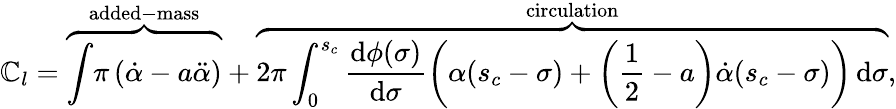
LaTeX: \mathbb{C}_{l}=\overbrace{{\vphantom{}{{\int}}\pi\left(\dot{{\alpha}}-a\ddot{{\alpha}}\right)}}^{\mathrm{{added-mass}}}+\overbrace{{2\pi\int_{0}^{s_{c}}\frac{{\mathrm{{d}}\phi(\sigma)}}{{\mathrm{{d}}\sigma}}\left(\alpha(s_{c}-\sigma)+\left(\frac{{1}}{{2}}-a\right)\dot{{\alpha}}(s_{c}-\sigma)\right)\, \mathrm{{d}}\sigma}}^{\mathrm{{circulation}}},